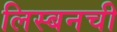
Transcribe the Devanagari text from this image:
लिस्बनची